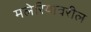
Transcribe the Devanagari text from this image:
मलेरियावरील